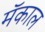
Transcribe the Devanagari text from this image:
मॅकाल